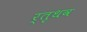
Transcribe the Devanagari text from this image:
र्तृधव